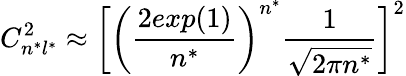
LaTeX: C_{n^{*}l^{*}}^{2}\approx\bigg[\bigg(\frac{2exp(1)}{n^{*}}\bigg)^{n^{*}}\frac{1}{\sqrt{2\pi n^{*}}}\bigg]^{2}